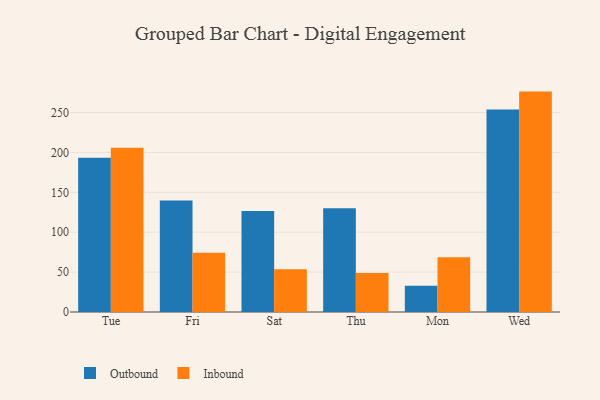
{"axis": {"x": "Day", "y": "Customer Acquisition Cost (USD)"}, "legend": ["Inbound", "Outbound"], "data": [{"x": "Tue", "y": 193.2, "type": "Outbound"}, {"x": "Tue", "y": 205.7, "type": "Inbound"}, {"x": "Fri", "y": 139.6, "type": "Outbound"}, {"x": "Fri", "y": 74.1, "type": "Inbound"}, {"x": "Sat", "y": 126.7, "type": "Outbound"}, {"x": "Sat", "y": 53.5, "type": "Inbound"}, {"x": "Thu", "y": 130.1, "type": "Outbound"}, {"x": "Thu", "y": 48.8, "type": "Inbound"}, {"x": "Mon", "y": 32.9, "type": "Outbound"}, {"x": "Mon", "y": 68.5, "type": "Inbound"}, {"x": "Wed", "y": 253.8, "type": "Outbound"}, {"x": "Wed", "y": 276.2, "type": "Inbound"}]}